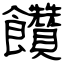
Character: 饡